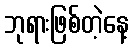
ဘုရားဖြစ်တဲ့နေ့